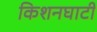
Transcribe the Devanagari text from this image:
किशनघाटी